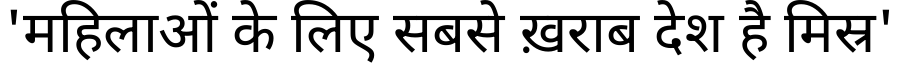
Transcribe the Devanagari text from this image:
'महिलाओं के लिए सबसे ख़राब देश है मिस्र'